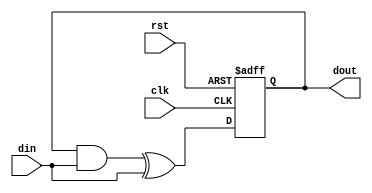
module feedback_register #(
    parameter WIDTH = 4 // Parameter for the width of the register (number of bits)
)(
    input wire clk,              // Clock input
    input wire rst,              // Reset input
    input wire [WIDTH-1:0] din,  // Data input
    output reg [WIDTH-1:0] dout   // Data output (current state)
);

    // Internal signal for next state
    wire [WIDTH-1:0] next_state;

    // Combinational logic for feedback generation
    assign next_state = (dout & din) ^ din; // Example feedback logic (can be modified)

    // Sequential logic for state update
    always @(posedge clk or posedge rst) begin
        if (rst) begin
            dout <= {WIDTH{1'b0}}; // Asynchronous reset to zero
        end else begin
            dout <= next_state; // Update state with feedback logic output
        end
    end

endmodule